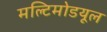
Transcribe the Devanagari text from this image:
मल्टिमोडयूल